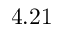
4 . 2 1